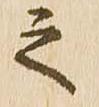
之